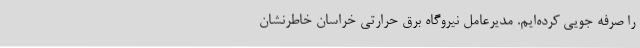
را صرفه جویی کرده‌ایم. مدیرعامل نیروگاه برق حرارتی خراسان خاطرنشان